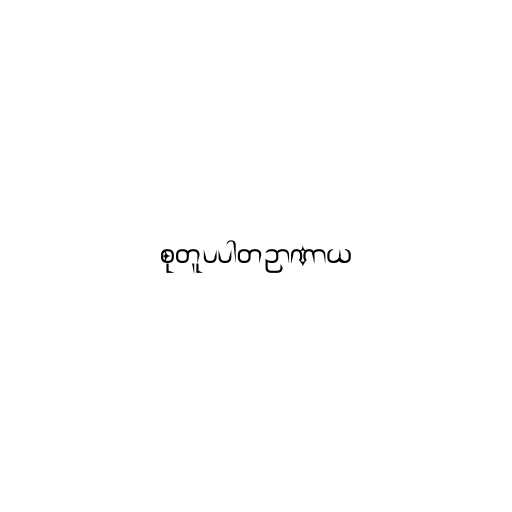
စုတူပပါတဉာဏာယ